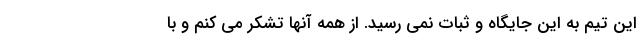
این تیم به این جایگاه و ثبات نمی رسید. از همه آنها تشکر می کنم و با